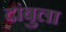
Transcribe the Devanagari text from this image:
दांबुला